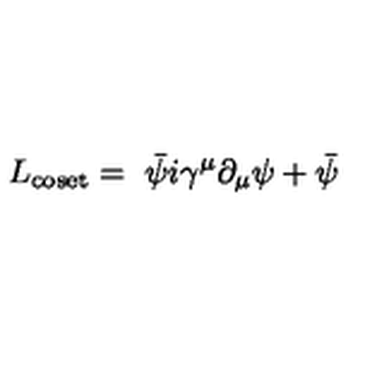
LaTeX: L _ { \mathrm { c o s e t } } = { \ \bar { \psi } } i \gamma ^ { \mu } \partial _ { \mu } \psi + { \bar { \psi } }